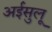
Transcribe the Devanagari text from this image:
अईसुलू